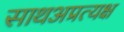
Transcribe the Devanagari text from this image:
साथअप्रत्यक्ष